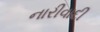
નારીવાદી